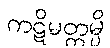
ကဋိမတ္တမ္ပိ